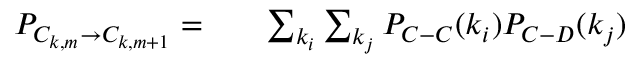
\begin{array} { r l r } { P _ { C _ { k , m } \rightarrow C _ { k , m + 1 } } = } & { { } } & { \sum _ { k _ { i } } \sum _ { k _ { j } } P _ { C - C } ( k _ { i } ) P _ { C - D } ( k _ { j } ) } \end{array}